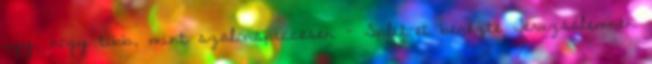
ugy, hogy több, mint szalonspiccesen - Split-et benézte Jeruzsálemnek